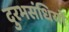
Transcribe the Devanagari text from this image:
दुरभसंधियों